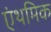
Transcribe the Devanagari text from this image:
एंथमिक